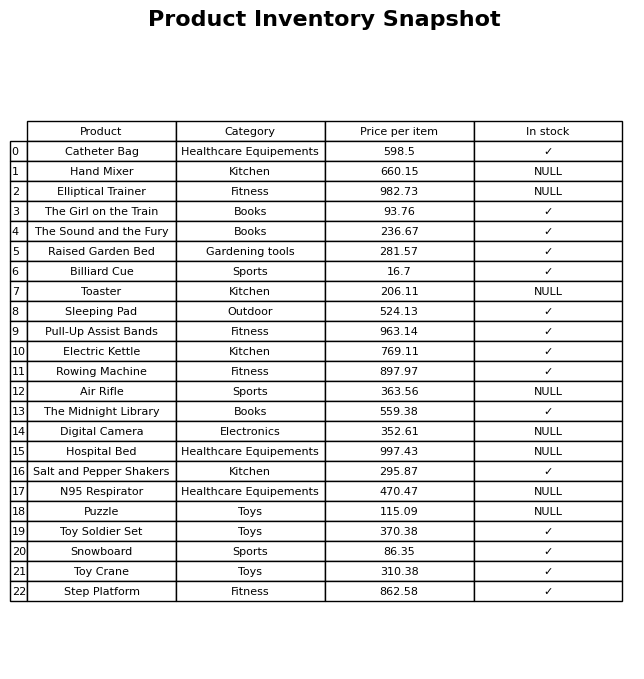
question: What is the price for Sleeping Pad?
answer: The price of Sleeping Pad is 524.13.